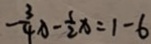
- \frac { 3 } { 4 } x - \frac { 1 } { 2 } x = 1 - 6